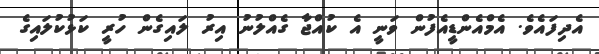
އެދިފައެވެ. އެމްއެންޑީއެފުން ވަނީ އެ ކުއްޖާ ގެއްލުނު އިރު ލައިގެން ހުރީ ކަޅުކުލައިގެ